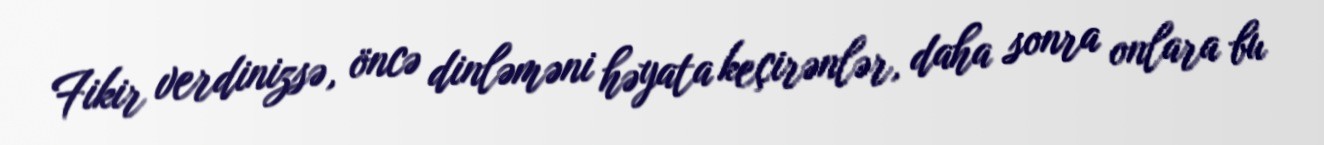
Fikir verdinizsə, öncə dinləməni həyata keçirənlər, daha sonra onlara bu